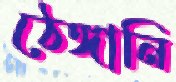
ঠেঙ্গানি